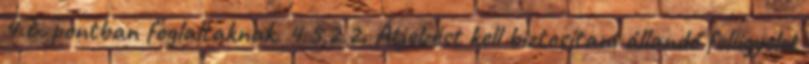
4.6. pontban foglaltaknak. 4.5.2.2. Átjelzést kell biztosítani állandó felügyelet